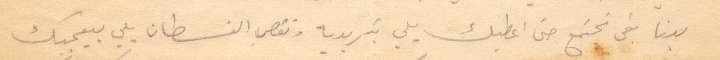
بدنا بقى نجتمع حتى اعطيك يلي بتريده وتقصي الفسطان يلي بيعجبك